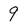
Character: 9